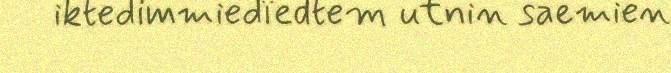
iktedimmiedïedtem utnin saemien